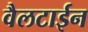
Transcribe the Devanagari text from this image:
वैलटाईन